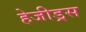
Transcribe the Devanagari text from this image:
हेजीड्रस